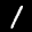
Label: 1